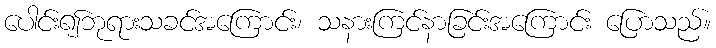
ပေါင်း၍ဘုရားသခင်အကြောင်း၊ သနားကြင်နာခြင်းအကြောင်း ပြောသည်။